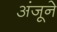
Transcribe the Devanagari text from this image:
अंजूने